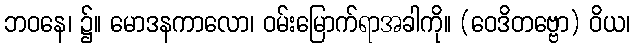
ဘဝနေ၊ ၌။ မောဒနကာလော၊ ဝမ်းမြောက်ရာအခါကို။ (ဝေဒိတဗ္ဗော) ဝိယ၊